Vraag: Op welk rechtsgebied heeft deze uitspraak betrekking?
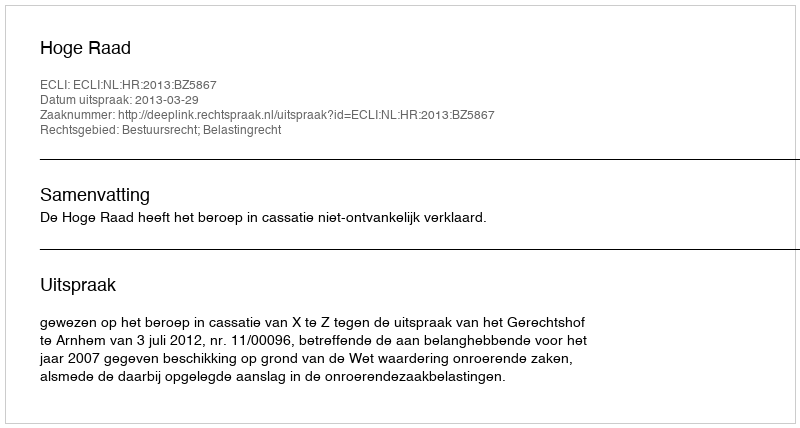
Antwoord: Bestuursrecht; Belastingrecht